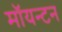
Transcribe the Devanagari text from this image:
मॉयन्टन